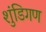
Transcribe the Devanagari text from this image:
शुंडिगण